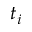
t _ { i }